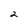
Character: 2